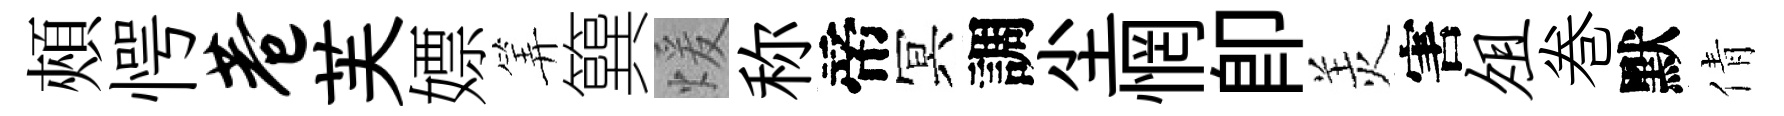
頰愕巷芙嫖筭簨煖称帝冥調尘惘卽羙害俎巻默倩